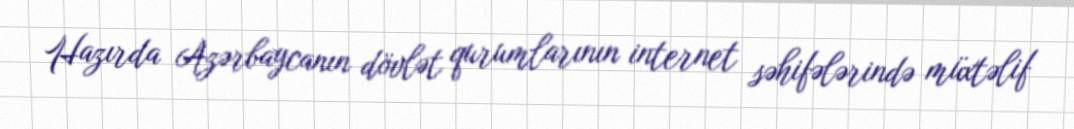
Hazırda Azərbaycanın dövlət qurumlarının internet səhifələrində müxtəlif